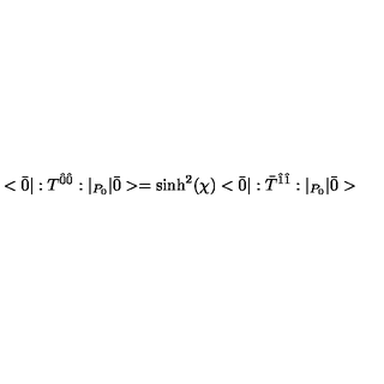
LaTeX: < \bar { 0 } | : T ^ { \hat { 0 } \hat { 0 } } : | _ { P _ { 0 } } | \bar { 0 } > = \sinh ^ { 2 } ( \chi ) < \bar { 0 } | : \bar { T } ^ { \hat { 1 } \hat { 1 } } : | _ { P _ { 0 } } | \bar { 0 } >